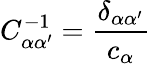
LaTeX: C_{\alpha\alpha^{\prime}}^{-1}=\frac{\delta_{\alpha\alpha^{\prime}}}{c_{\alpha}}